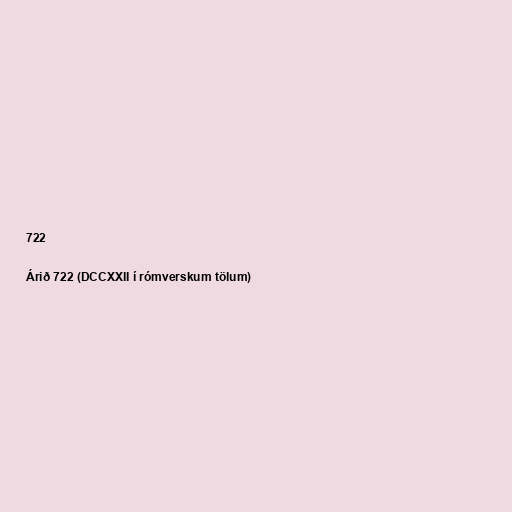
722

Árið 722 (DCCXXII í rómverskum tölum)